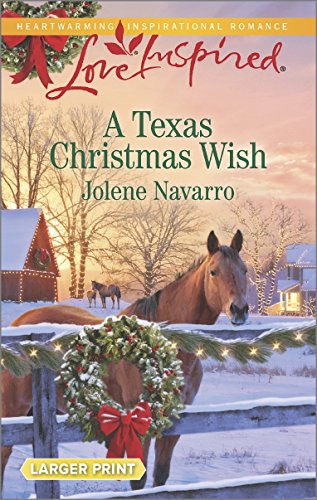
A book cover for A Texas Christmas Wish (Love Inspired Large Print); Jolene Navarro; Romance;